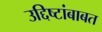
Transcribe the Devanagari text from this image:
उद्दिष्टांबाबत